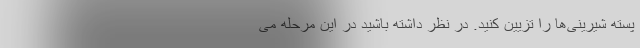
پسته شیرینی‌ها را تزیین کنید. در نظر داشته باشید در این مرحله می‌